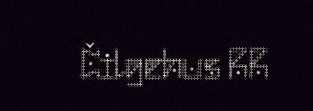
Čilgehus RR